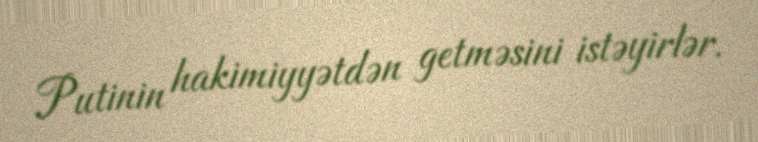
Putinin hakimiyyətdən getməsini istəyirlər.